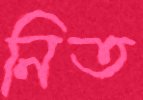
নিত